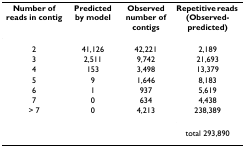
<table><thead><tr><td><b>Number of reads in contig</b></td><td><b>Predicted by model</b></td><td><b>Observed number of contigs</b></td><td><b>Repetitive reads (Observed-predicted)</b></td></tr></thead><tbody><tr><td>2</td><td>41,126</td><td>42,221</td><td>2,189</td></tr><tr><td>3</td><td>2,511</td><td>9,742</td><td>21,693</td></tr><tr><td>4</td><td>153</td><td>3,498</td><td>13,379</td></tr><tr><td>5</td><td>9</td><td>1,646</td><td>8,183</td></tr><tr><td>6</td><td>1</td><td>937</td><td>5,619</td></tr><tr><td>7</td><td>0</td><td>634</td><td>4,438</td></tr><tr><td>&gt; 7</td><td>0</td><td>4,213</td><td>238,389</td></tr><tr><td></td><td></td><td></td><td>total 293,890</td></tr></tbody></table>